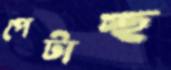
পেটাচ্ছ